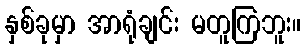
နှစ်ခုမှာ အာရုံချင်း မတူကြဘူး။